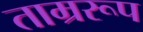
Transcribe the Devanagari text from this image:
ताम्ररूप